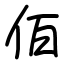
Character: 佰